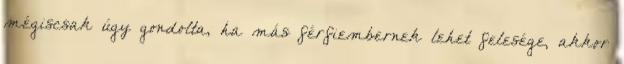
mégiscsak úgy gondolta, ha más férfiembernek lehet felesége, akkor